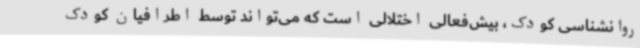
روانشناسی کودک، بیش‌فعالی اختلالی است که می‌تواند توسط اطرافیان کودک